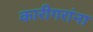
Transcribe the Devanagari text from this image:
कारीगरांना